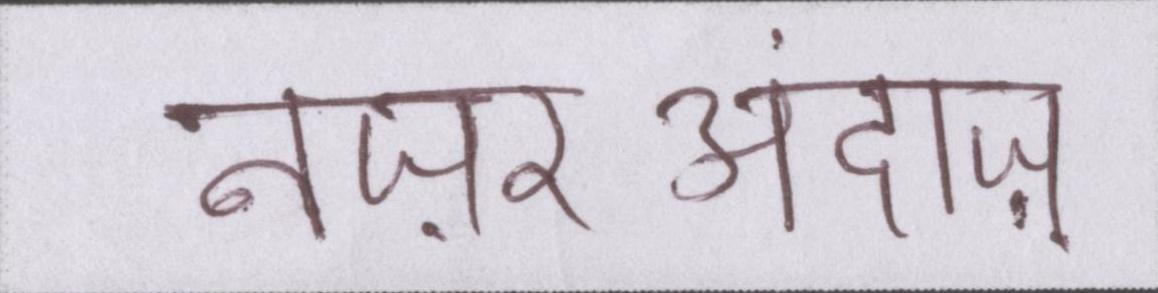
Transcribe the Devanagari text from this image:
नज़रअंदाज़